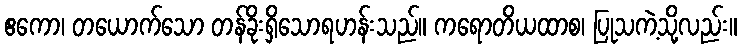
ဧကော၊ တယောက်သော တန်ခိုးရှိသောရဟန်းသည်။ ကရောတိယထာစ၊ ပြုသကဲ့သို့လည်း။